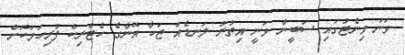
ވަނަ މިނެޓުގައި ސަބީނާ ވަނީ އިތުރު ލަނޑެއް ޖަހާ އޭނާގެ ހެޓްރިކް ފުރިހަމަކޮށް